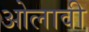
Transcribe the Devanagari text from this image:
ओलावी